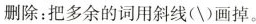
删除:把多余的词用斜线(\)画掉